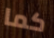
كما